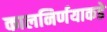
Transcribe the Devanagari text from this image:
कालनिर्णयाकडे